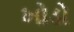
ખોડો